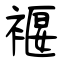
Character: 褗